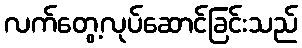
လက်တွေ့လုပ်ဆောင်ခြင်းသည်